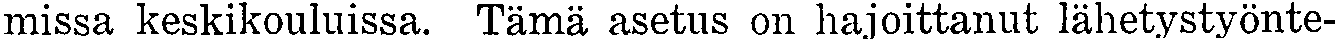
missa keskikouluissa. Tämä asetus on hajoittanut lähetystyönte-